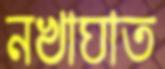
নখাঘাত